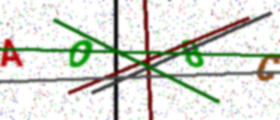
Text: AO8C